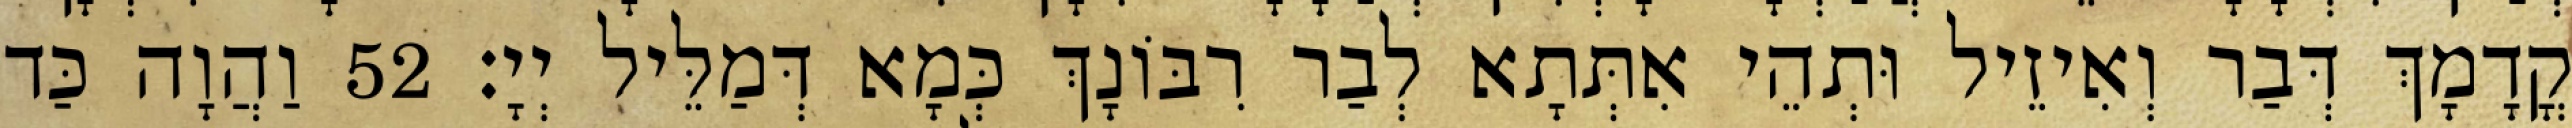
קֳדָמָךְ דְּבַר וְאִיזֵיל וּתְהֵי אִתְּתָא לְבַר רִבּוֹנָךְ כְּמָא דְּמַלֵּיל יְיָ׃ 52 וַהֲוָה כַּד